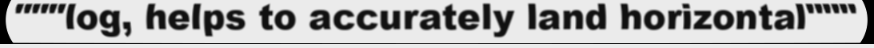
"""log, helps to accurately land horizontal"""